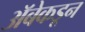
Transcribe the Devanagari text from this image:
अॅबेकडून